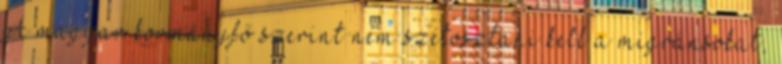
A magyar kormányfő szerint nem szétosztani kell a migránsokat,